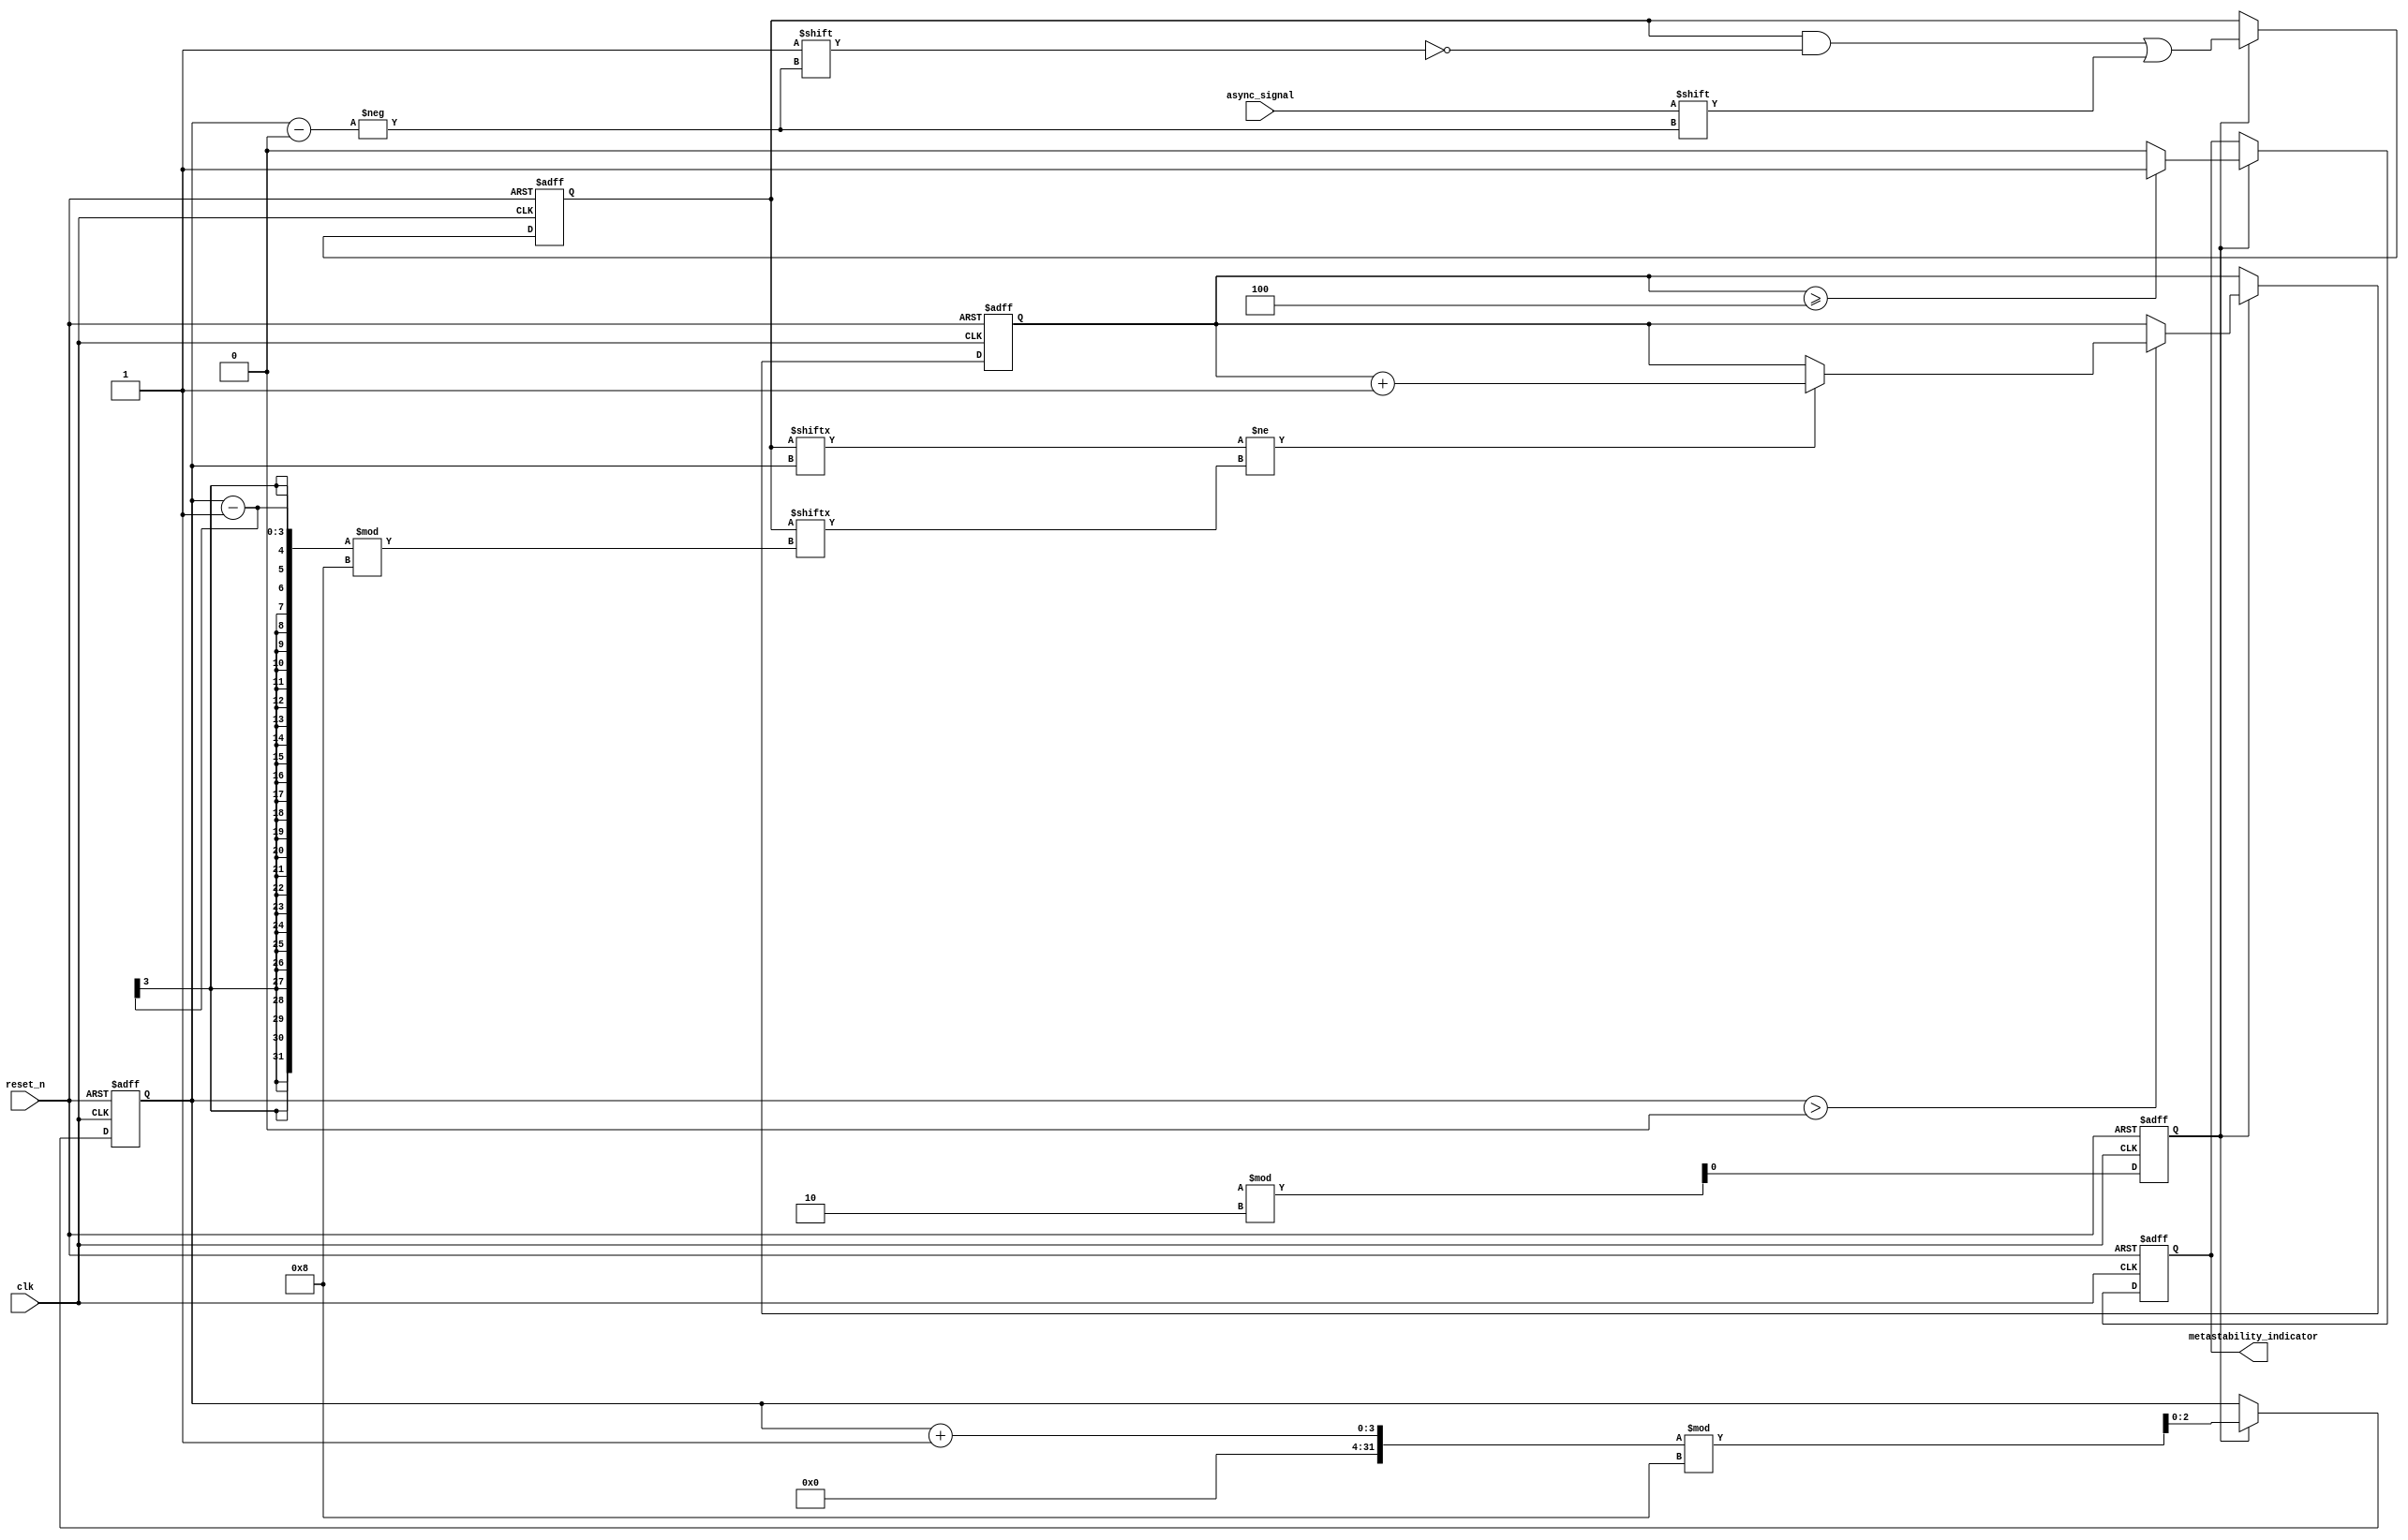
module Metastability_Detector (
    input wire clk,                   // Sampling clock
    input wire reset_n,               // Active-low reset
    input wire async_signal,           // Input signal to detect metastability
    output reg metastability_indicator  // Indicator for detected metastability
);

    parameter NUM_SAMPLES = 8;        // Number of samples to store
    reg [NUM_SAMPLES-1:0] samples;     // Storage for sampled values
    reg [$clog2(NUM_SAMPLES)-1:0] sample_index; // Current index for sampling
    reg [2:0] comparison_count;        // Count of discrepancies in samples
    reg random_sample_enable;           // Random sampling enable signal

    // Generate random sampling enable signal (stubbed for simplicity)
    always @(posedge clk or negedge reset_n) begin
        if (!reset_n)
            random_sample_enable <= 1'b0; // Reset state
        else
            random_sample_enable <= $random % 2; // Simple randomization (replace with a more robust implementation as needed)
    end

    // Sampling logic
    always @(posedge clk or negedge reset_n) begin
        if (!reset_n) begin
            samples <= 0;                    // Clear samples on reset
            sample_index <= 0;
            comparison_count <= 0;           // Reset comparison count
            metastability_indicator <= 0;     // Reset metastability indicator
        end else if (random_sample_enable) begin
            samples[sample_index] <= async_signal; // Sample input signal
            sample_index <= (sample_index + 1) % NUM_SAMPLES; // Increment sampling index
            // Compare current sample with the previous one
            if (sample_index > 0) begin
                // Compare the current and previous samples
                if (samples[sample_index] != samples[(sample_index - 1) % NUM_SAMPLES]) begin
                    comparison_count <= comparison_count + 1; // Count discrepancies
                end
            end

            // Detect metastability based on the number of discrepancies
            if (comparison_count >= (NUM_SAMPLES / 2)) begin
                metastability_indicator <= 1; // Metastability detected
            end else begin
                metastability_indicator <= 0; // Clear indicator
            end
        end
    end

endmodule